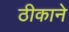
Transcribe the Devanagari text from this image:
ठीकाने